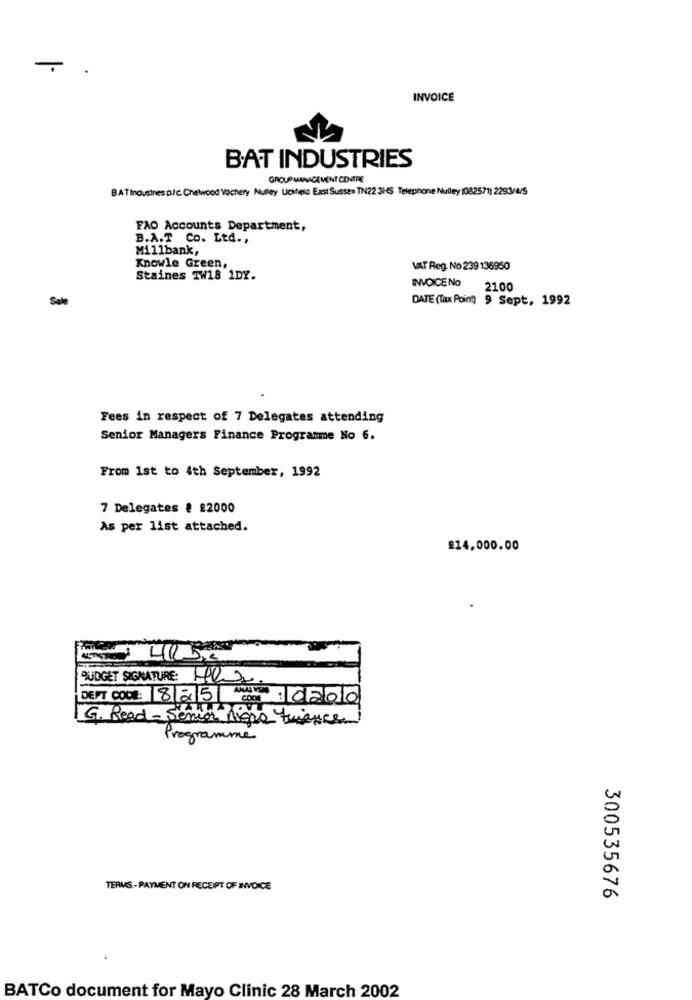
INVOICE
BAT INDUSTRIES
GROUP MANAGEMENT CONTRE
BAT Indusines plc Chelwood Vachery Nuly Uchtesc East Sussex TN22 3H6 Telephone Nutley (082571) 2293/4/5
FAO Accounts Department,
B.A.T. Co. Ltd .,
Millbank,
Knowle Green,
VAT Reg. No 239 136950
Staines TW18 1DY.
INVOICENo 2100
Sale
DATE (Tax Point) 9 Sept, 1992
Fees in respect of 7 Delegates attending
Senior Managers Finance Programme No 6.
From 1st to 4th September, 1992
7 Delegates & #2000
As per list attached.
£14,000.00
BUDGET SIGNATURE: HO.
DEPT COOL: 825COOL
NO :0200
G. Read - Senior high
Riode France
Programme
TERMS -PAYMENT ON RECEIPT OF INVOICE
300535676
BATCo document for Mayo Clinic 28 March 2002